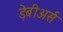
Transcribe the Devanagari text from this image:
ड़ेबीअर्स